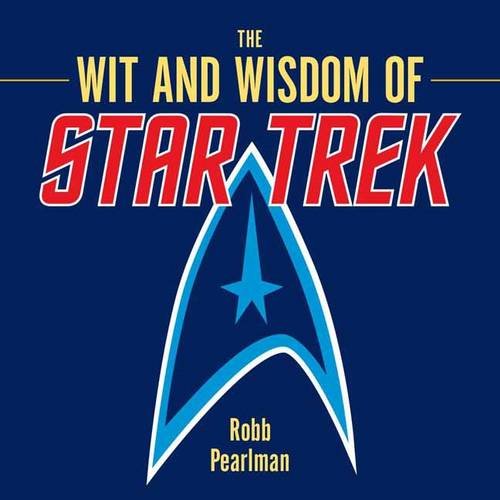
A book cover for The Wit and Wisdom of Star Trek; Robb Pearlman; Reference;